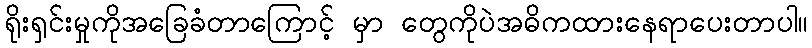
ရိုးရှင်းမှုကိုအခြေခံတာကြောင့် မှာ တွေကိုပဲအဓိကထားနေရာပေးတာပါ။